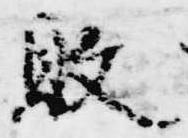
敗